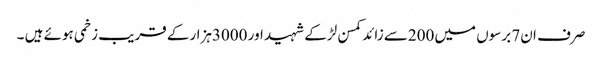
صرف ان7 برسوں میں200سے زائد کمسن لڑکے شہید اور 3000ہزارکے قریب زخمی ہوئے ہیں ۔